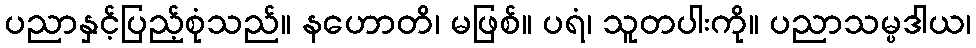
ပညာနှင့်ပြည့်စုံသည်။ နဟောတိ၊ မဖြစ်။ ပရံ၊ သူတပါးကို။ ပညာသမ္ပဒါယ၊